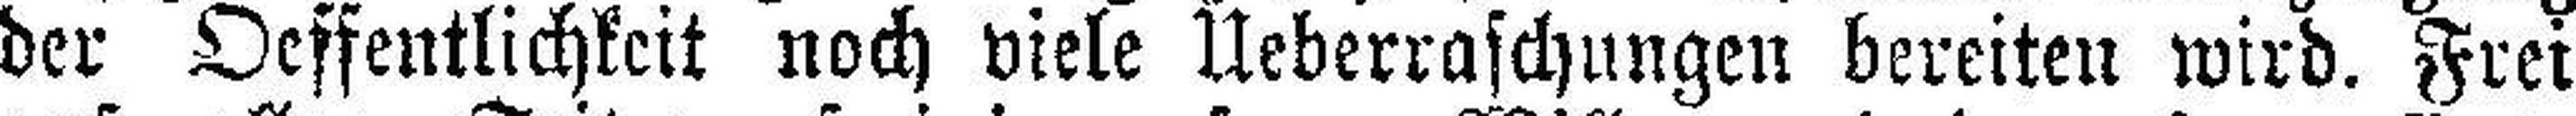
der Oeffentlichkeit noch viele Ueberraschungen bereiten wird. Frei